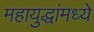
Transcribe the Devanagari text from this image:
महायुद्धांमध्ये